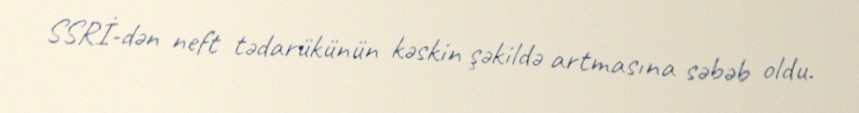
SSRİ-dən neft tədarükünün kəskin şəkildə artmasına səbəb oldu.